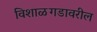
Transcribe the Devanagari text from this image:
विशाळगडावरील